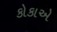
કોકાએ